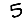
Digit: 5